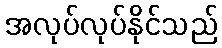
အလုပ်လုပ်နိုင်သည်